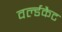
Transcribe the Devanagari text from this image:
वर्ल्डकैट